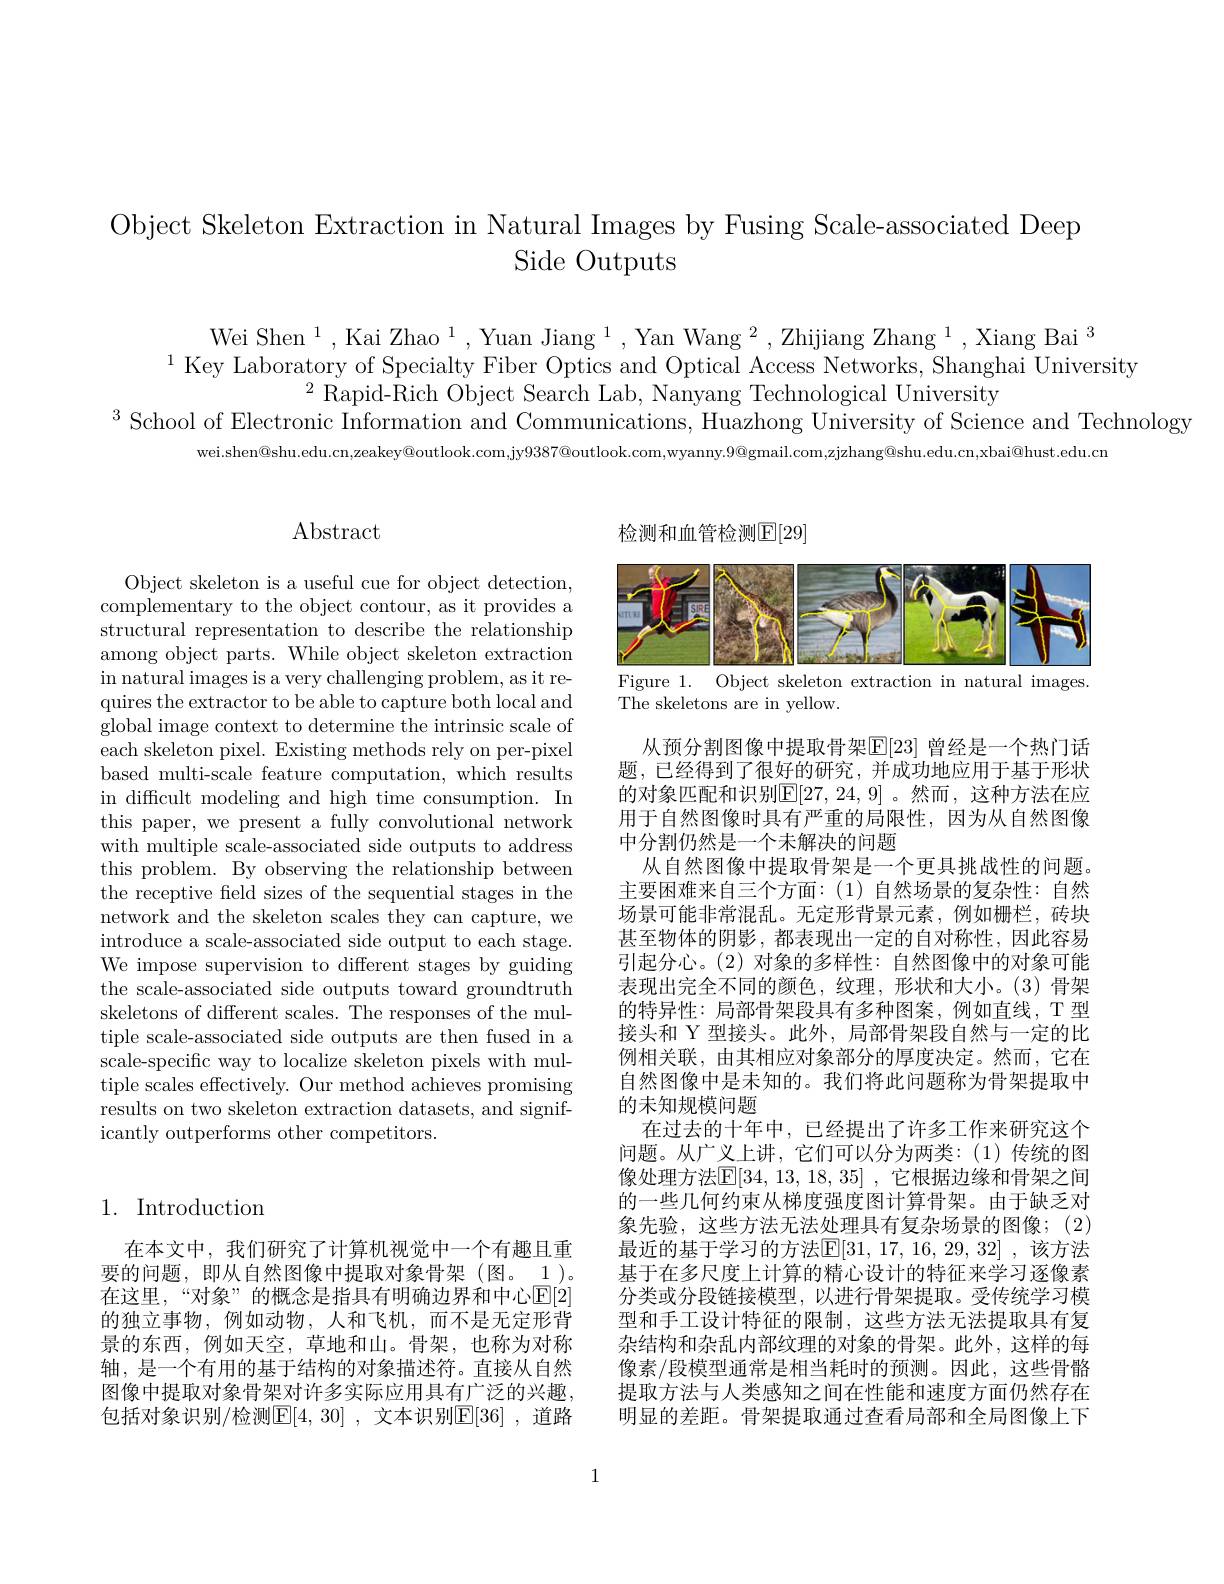
Object Skeleton Extraction in Natural Images by Fusing Scale-associated Deep
Side Outputs

Wei Shen $^1,\text{KaiZhao}^1,\text{YuanJiang}^1,\text{YanWang}^2,\text{ZhijiangZhang}^1,\text{XiangBai}^3$
$^{1}$ Key Laboratory of Specialty Fiber Optics and Optical Access Networks, Shanghai University
$^{2}$Rapid-Rich Object Search Lab, Nanyang Technological University
$^{3}$ School of Electronic Information and Communications, Huazhong University of Science and Technology
wei.shen@shu.edu.cn,zeakey@outlook.com,jy$9387@$outlook.com,wyanny.$9@$gmail.com,zjzhang@shu.edu.cn,xbai@hust.edu.cn

## $\operatorname{Abstract}$

检测和血管检测$\mathbb{E}[29]$

<FigureHere>
Figure 1. Object skeleton extraction in natural images

The skeletons are in yellow.

Object skeleton is a useful cue for object detection, complementary to the object contour, as it provides a structural representation to describe the relationship among object parts. While object skeleton extraction in natural images is a very challenging problem, as it requires the extractor to be able to capture both local and global image context to determine the intrinsic scale of each skeleton pixel. Existing methods rely on per-pixel based multi-scale feature computation, which results in difficult modeling and high time consumption. In this paper, we present a fully convolutional network with multiple scale-associated side outputs to address this problem. By observing the relationship between the receptive feld sizes of the sequential stages in the network and the skeleton scales they can capture, we introduce a scale-associated side output to each stage. We impose supervision to different stages by guiding the scale-associated side outputs toward groundtruth skeletons of different scales. The responses of the multiple scale-associated side outputs are then fused in a scale-specific way to localize skeleton pixels with multiple scales effectively. Our method achieves promising results on two skeleton extraction datasets, and significantly outperforms other competitors.

从预分割图像中提取骨架$\mathbb{E}[23]$ 曾经是一个热门话题，已经得到了很好的研究，并成功地应用于基于形状的对象匹配和识别$\mathbb{E}[27,24,9]$。然而，这种方法在应用于自然图像时具有严重的局限性，因为从自然图像中分割仍然是一个未解决的问题
从自然图像中提取骨架是一个更具挑战性的问题。主要困难来自三个方面：(1)自然场景的复杂性：自然场景可能非常混乱。无定形背景元素，例如栅栏，砖块甚至物体的阴影，都表现出一定的自对称性，因此容易引起分心。(2)对象的多样性：自然图像中的对象可能表现出完全不同的颜色，纹理，形状和大小。(3)骨架的特异性：局部骨架段具有多种图案，例如直线，T 型接头和 Y 型接头。此外，局部骨架段自然与一定的比例相关联，由其相应对象部分的厚度决定。然而，它在自然图像中是未知的。我们将此问题称为骨架提取中的未知规模问题
在过去的十年中，已经提出了许多工作来研究这个问题。从广义上讲，它们可以分为两类：(1)传统的图像处理方法$\mathbb{E}[34,13,18,35]$ ,它根据边缘和骨架之间的一些几何约束从梯度强度图计算骨架。由于缺乏对象先验，这些方法无法处理具有复杂场景的图像；(2) 最近的基于学习的方法$\mathbb{E}[31,17,16,29,32]$ ,该方法基于在多尺度上计算的精心设计的特征来学习逐像素分类或分段链接模型，以进行骨架提取。受传统学习模型和手工设计特征的限制，这些方法无法提取具有复杂结构和杂乱内部纹理的对象的骨架。此外，这样的每像素/段模型通常是相当耗时的预测。因此，这些骨骼提取方法与人类感知之间在性能和速度方面仍然存在明显的差距。骨架提取通过查看局部和全局图像上下

## 1. Introduction

在本文中，我们研究了计算机视觉中一个有趣且重要的问题，即从自然图像中提取对象骨架(图。\_1)。在这里，“对象”的概念是指具有明确边界和中心$\mathbb{E}[2]$ 的独立事物，例如动物，人和飞机，而不是无定形背景的东西，例如天空，草地和山。骨架，也称为对称轴，是一个有用的基于结构的对象描述符。直接从自然图像中提取对象骨架对许多实际应用具有广泛的兴趣， 包括对象识别/检测$\mathbb{E} [ 4, 30]$ , 文本识别$\mathbb{E} [ 36]$ , 道路

1